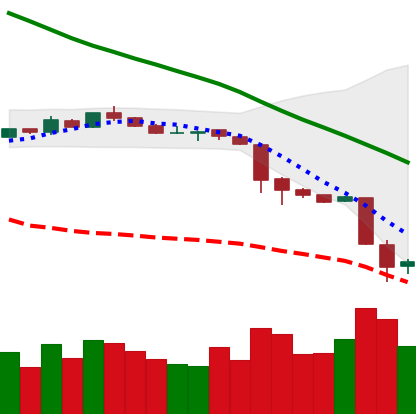
Ticker: NEO-USD
Chart end date: 2018-11-21
Forward return: -22.531%
Label: down_7plus